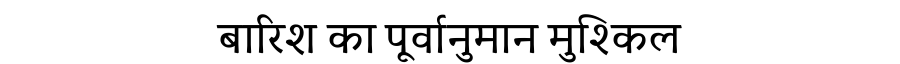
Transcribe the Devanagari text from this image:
बारिश का पूर्वानुमान मुश्किल